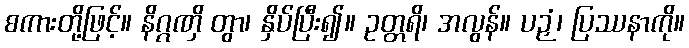
စကားတို့ဖြင့်။ နိဂ္ဂဏှိ တွာ၊ နှိပ်ပြီး၍။ ဥတ္တရိ၊ အလွန်။ ပဉှံ၊ ပြဿနာကို။